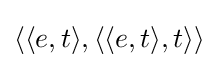
\langle \langle e,t\rangle ,\langle \langle e,t\rangle ,t\rangle \rangle